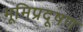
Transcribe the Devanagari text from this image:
भूमिप्रदूषण